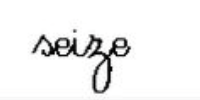
seize